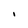
Character: I